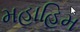
મહાહિમ